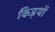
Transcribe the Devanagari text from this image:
किड़यों